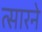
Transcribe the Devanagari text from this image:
त्सारने